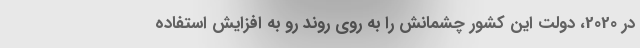
در 2020، دولت این کشور چشمانش را به روی روند رو به افزایش استفاده